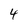
Character: 4